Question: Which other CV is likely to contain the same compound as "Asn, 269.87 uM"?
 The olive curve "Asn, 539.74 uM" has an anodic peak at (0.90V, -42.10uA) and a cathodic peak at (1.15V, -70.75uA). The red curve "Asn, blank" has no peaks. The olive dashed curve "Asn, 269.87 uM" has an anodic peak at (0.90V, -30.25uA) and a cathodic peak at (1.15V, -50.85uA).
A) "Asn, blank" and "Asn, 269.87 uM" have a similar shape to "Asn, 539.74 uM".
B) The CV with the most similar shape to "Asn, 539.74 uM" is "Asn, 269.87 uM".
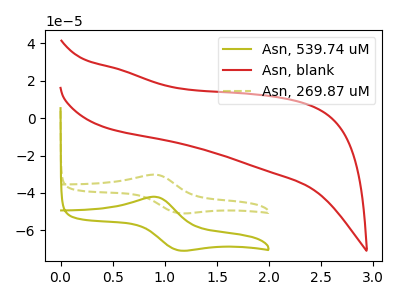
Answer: <think>"Asn, 539.74 uM" and "Asn, blank" have a different number of peaks. All the peaks in "Asn, 539.74 uM" have a peak in "Asn, 269.87 uM" at the same potential. "Asn, blank" and "Asn, 269.87 uM" have a different number of peaks.
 </think>
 <answer>B) The CV with the most similar shape to "Asn, 539.74 uM" is "Asn, 269.87 uM".</answer>
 <eval>B</eval>